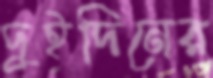
দুইদিনের